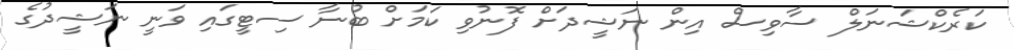
ކަރެކްޝަނަލް ސާވިސް އިން ނަޝީދަށް ފޮނުވި ކަމަށް ބުނާ ސިޓީގައި ވަނީ ނަޝީދުގެ